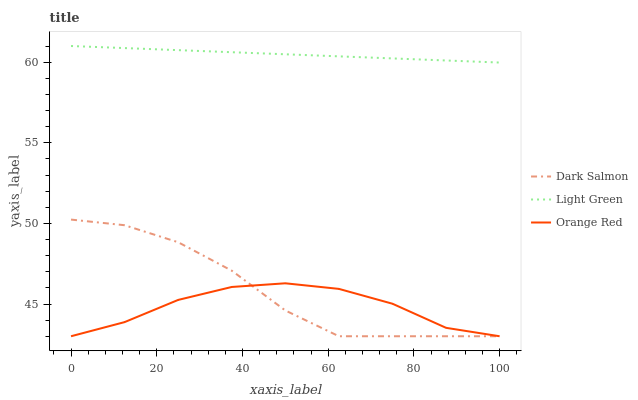
| xaxis_label | Dark Salmon | Light Green | Orange Red |
 | --- | --- | --- | --- |
 | 0 | 50.2 | 61 | 43 |
 | 12.5 | 49.9 | 60.9 | 43.9 |
 | 25 | 48.8 | 60.7 | 45.3 |
 | 37.5 | 47.1 | 60.6 | 46.1 |
 | 50 | 44.6 | 60.5 | 46.3 |
 | 62.5 | 43 | 60.4 | 45.9 |
 | 75 | 43 | 60.2 | 45 |
 | 87.5 | 43 | 60.1 | 43.5 |
 | 100 | 43 | 60 | 43 |